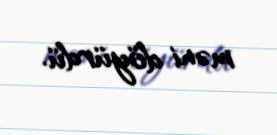
məni döyürdü.